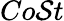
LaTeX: Co\mathcal{S}t